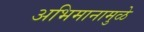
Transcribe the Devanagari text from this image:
अभिमानामुळे